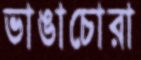
ভাঙাচোরা